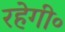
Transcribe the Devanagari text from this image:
रहेगी॰